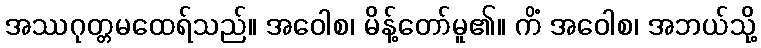
အဿဂုတ္တမထေရ်သည်။ အဝေါစ၊ မိန့်တော်မူ၏။ ကိံ အဝေါစ၊ အဘယ်သို့